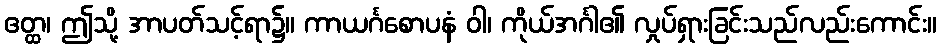
ဧတ္ထ၊ ဤသို့ အာပတ်သင့်ရာ၌။ ကာယင်္ဂစောပနံ ဝါ၊ ကိုယ်အင်္ဂါ၏ လှုပ်ရှားခြင်းသည်လည်းကောင်း။